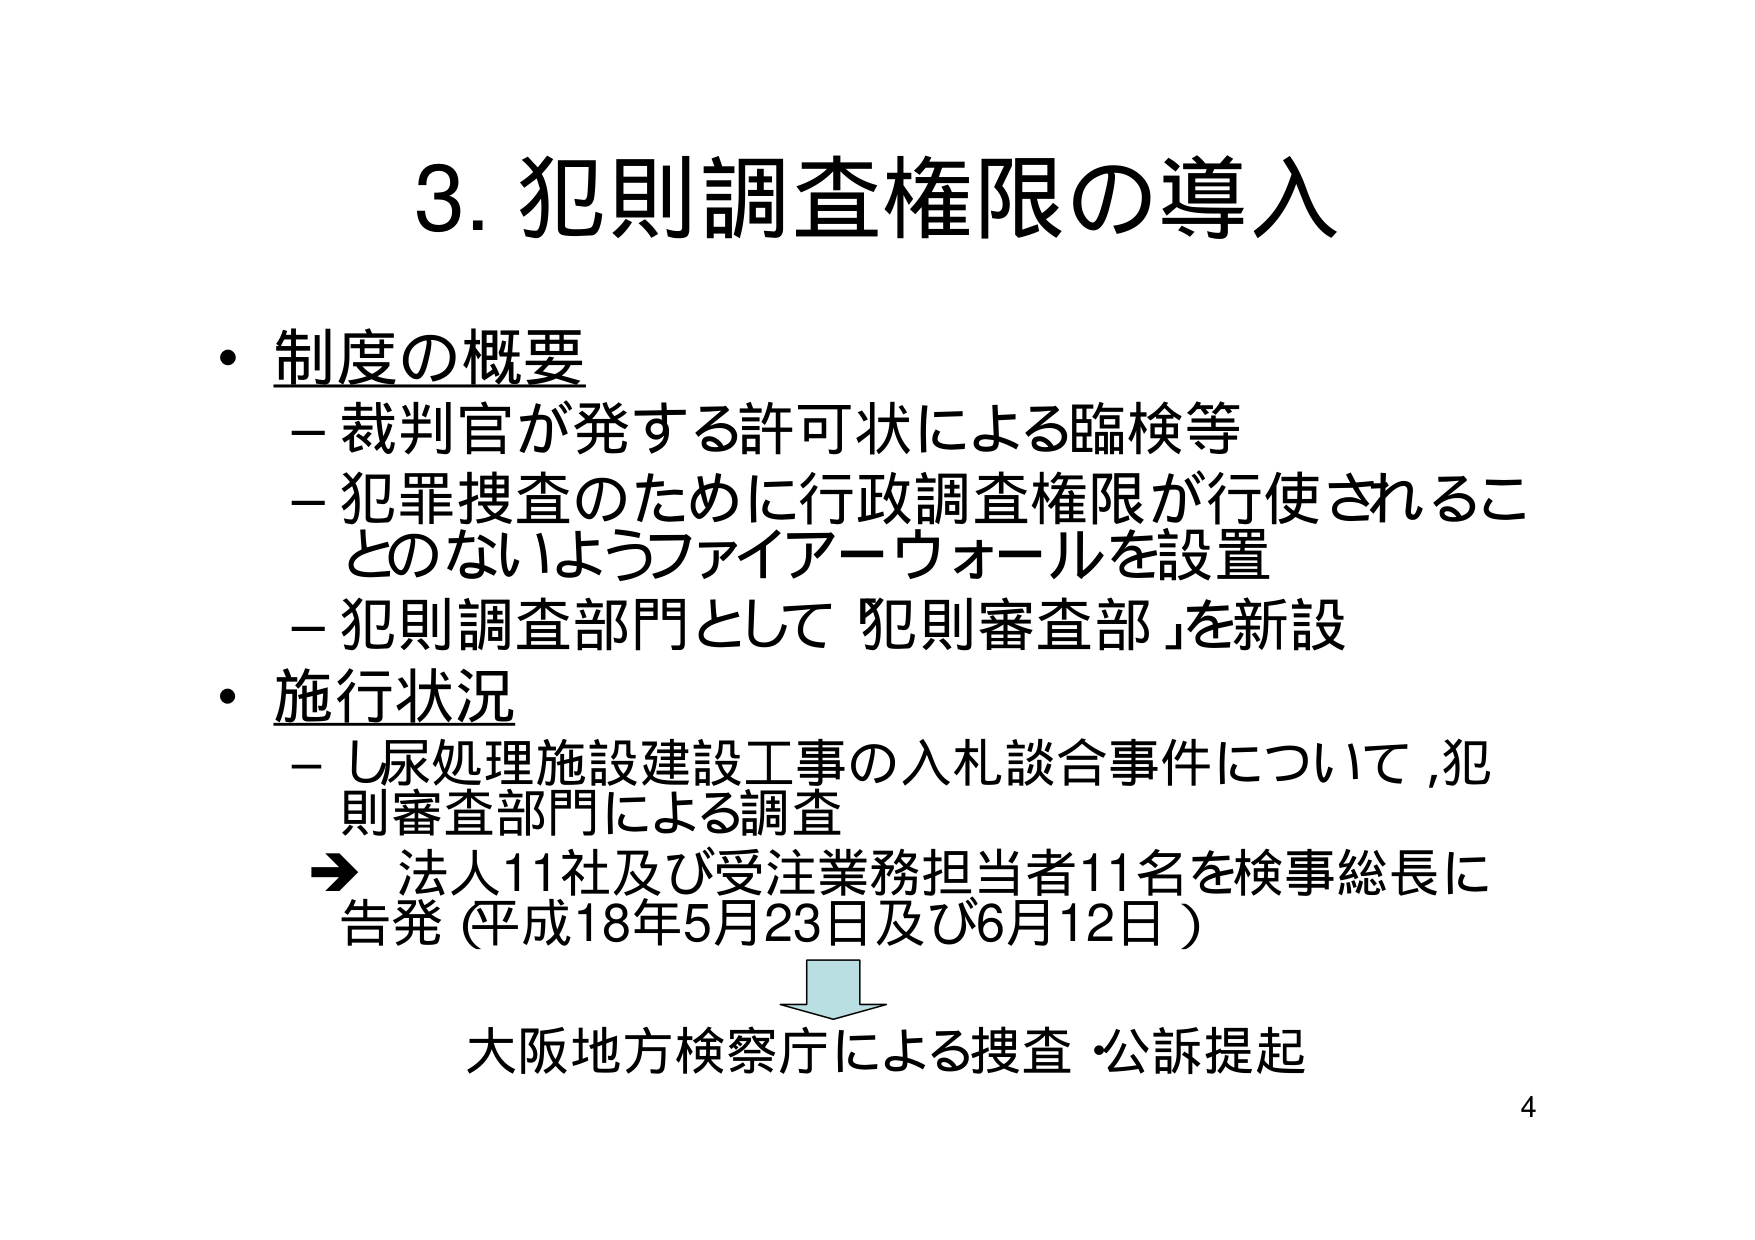
3. 犯則調査権限の導入

・制度の概要
－裁判官が発する許可状による臨検等
－犯罪捜査のために行政調査権限が行使されるこ
とのないようファイアーウォールを設置
－犯則調査部門として「犯則審査部」を新設

・施行状況
－し尿処理施設建設工事の入札談合事件について，犯
則審査部門による調査
⇒ 法人11社及び受注業務担当者11名を検事総長に
告発（平成18年5月23日及び6月12日）

大阪地方検察庁による捜査・公訴提起

4